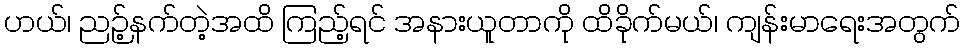
ဟယ်၊ ညဉ့်နက်တဲ့အထိ ကြည့်ရင် အနားယူတာကို ထိခိုက်မယ်၊ ကျန်းမာရေးအတွက်